Statistical return of the lunatic asylum in Assam - 1912-1932
Year: 1912
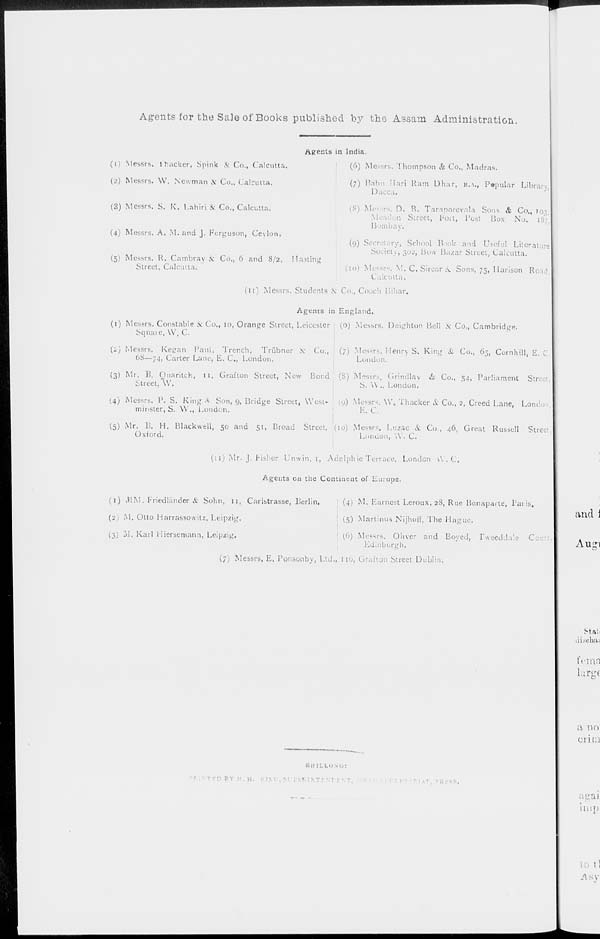
Agents for the Sale of Books published by the Assam Administration.
(1) Messrs. 1 packer, Spink & Co., Calcutta.
(2) Messrs. VV. Newman & Co., Calcutta.
(3) Messrs. S. K. Lahiri & Co., Calcutta.
(4) Messrs. A. M. and J. Ferguson, Ceylon.
(5) Messrs. R. Cambray & Co., 6 and 8/2, Hasting
Street, Calcutta.
Agents in India.
(6) Messrs. Thompson & Co., Madras.
(7) Babu flari Ram Dhar, B.A., Popular Library
1>acca.
(8) Mes ' ■-. D. B. Taraporevala Sons & Co., 107
n Street, Fort, Post Box No. 18;
Bombay.
(y)
iry, School Book and Useful Literature
Si' iety, 302, Bow Bazar Street, Calcutta.
(!o) Messrs. M. C. Sircar it Sons, 75, Harison Road
Calcutta.
a. ^
(u) Messrs. Students & Co., Cooch Bihar.
Agents in England.
(1) Messrs. Constable & Co., 10, Orange Street, Leicester (0) Messrs. Deighton Bell & Co., Cambridge.
Sqnaie, W. C.
(i) Messrs. Kegan Paul, Trench, Trubner & Co., (7) Messrs. Henry S. King & Co., 65, Cornhill, £
08—74, Carter Lane, E. C., London.
London.
(3) Mr. B. Ouaritch, u, Grafton Street, New Bond (S) Messrs, Grindlay & Co., 54, Parliament Str
:- treet, W.
S. \\ .. London.
14) Messrs. P. S. King •* Son, 9, Bridge Street, West- (9) Messrs. \V 8 Thacker & Co., 2, Creed Lane, Lorn
minster, S. W., London.
E. C.
(5) Mr. B. H. Blackwell, 50 and 51, Broad Street, (10) Messrs. Luzac & Co., 46, Great Russell Street
Oxford.
London, \V. C.
(11) Mr. J. Fisher Unwin, 1, Adelphie Terrace, London \\ . C.
Agents en the Continent of Europe.
(1) MM. FriedUinder & Sohn, 11, Carlstrasse, Berlin,
' (4,1 M. Earnest Leroux, 28, Rue Bonaparte, Paris,
'1. Otto Harrassowitz, Leipzig.
(5) Martinus Nijhoff, The Hague.
(3) M, Karl Hiersemann, Leipzig.
(7) Messrs. E. Ponsonby, Ltd., 116, Grafton Street Dublin.
(6) Messrs. Oliver and Boyed, Twecdda'.e
Edinburgh.
1
IY H.H. Ki:
'
■
.